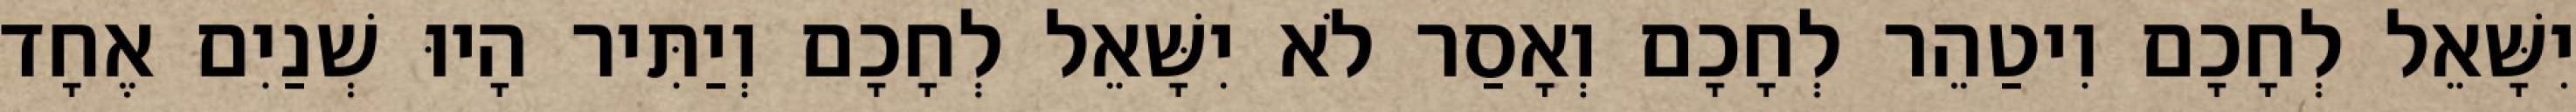
יִשָּׁאֵל לְחָכָם וִיטַהֵר לְחָכָם וְאָסַר לֹא יִשָּׁאֵל לְחָכָם וְיַתִּיר הָיוּ שְׁנַיִם אֶחָד